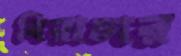
বিরাচার